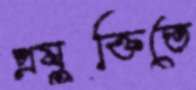
প্রযুক্তিতে